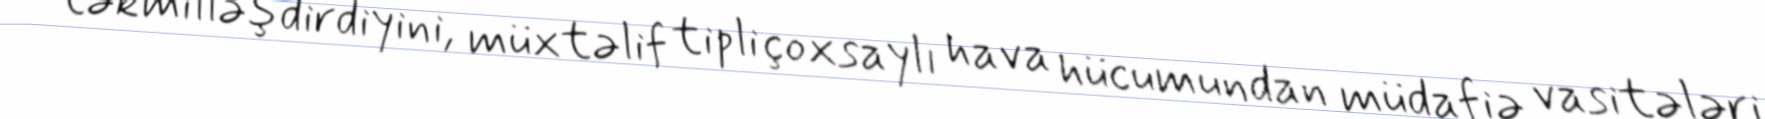
təkmilləşdirdiyini, müxtəlif tipli çoxsaylı hava hücumundan müdafiə vasitələri